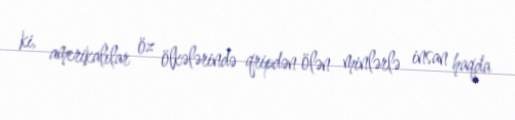
ki, amerikalılar öz ölkələrində qripdən ölən minlərlə insan haqda